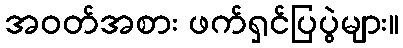
အဝတ်အစား ဖက်ရှင်ပြပွဲများ။